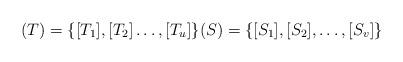
LaTeX: \begin{align*}(T)=\{[T_1],[T_2] \dots,[T_u]\} (S)=\{[S_1],[S_2], \dots,[S_v]\}\end{align*}